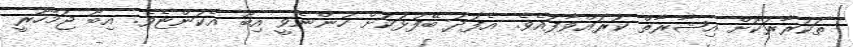
ތަކުރާރުކޮށް އިޝާރާތް ކުރައްވާފައެވެ. އެފަދަ ބޭފުޅަކަށް ހުންނެވީ އިބޫ އެކަންޏެވެ. އިބޫ ޖުމްހޫރީ